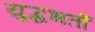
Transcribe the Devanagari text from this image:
युद्धभर्ती